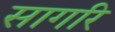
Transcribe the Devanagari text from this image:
सागरि